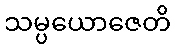
သမ္ပယောဇေတိ